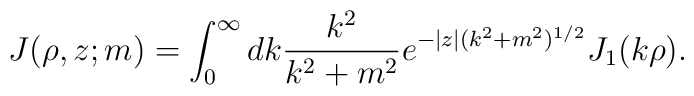
J(\rho ,z;m)=\int_0^{\infty}dk\frac{k^2}{k^2+m^2}e^{-|z|( k^2+m^2)^{1/2}}J_1(k\rho ).